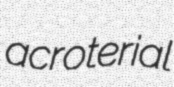
acroterial